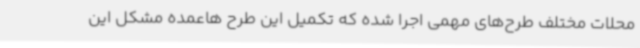
محلات مختلف طرح‌های مهمی اجرا شده که تکمیل این طرح هاعمده مشکل این